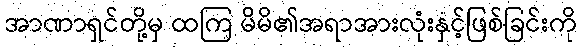
အာဏာရှင်တို့မှ ထကြ မိမိ၏အရာအားလုံးနှင့်ဖြစ်ခြင်းကို